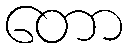
တော